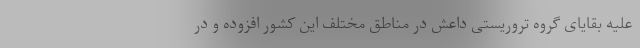
علیه بقایای گروه تروریستی داعش در مناطق مختلف این کشور افزوده و در